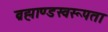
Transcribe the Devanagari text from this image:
ब्रह्माण्डस्वरूपता